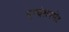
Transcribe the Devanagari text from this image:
एन्वेलपमेंट